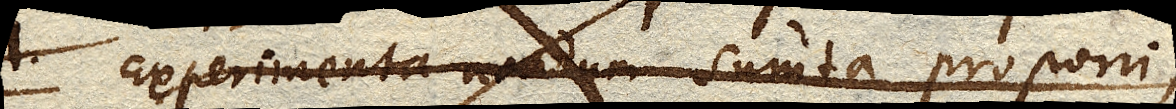
Experimenta nondum sumta proponi;